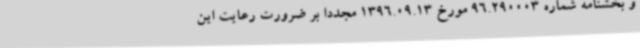
و بخشنامه‌ شماره 96.290003 مورخ 1396.09.13 مجدداً بر ضرورت رعایت این